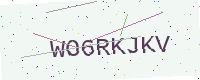
Text: WO6RKJKV